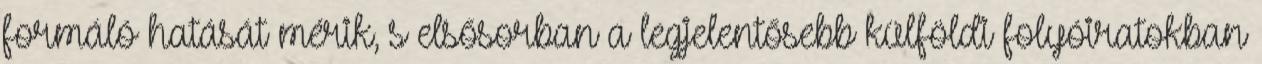
formáló hatását mérik, s elsősorban a legjelentősebb külföldi folyóiratokban